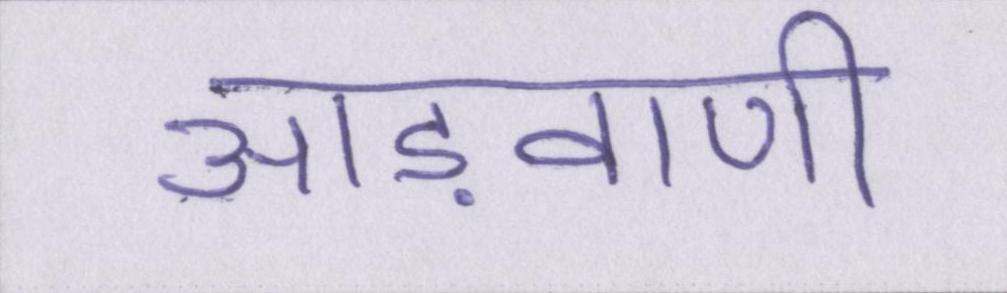
आड़वाणी